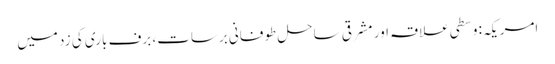
امریکہ: وسطی علاقہ اور مشرقی ساحل طوفانی برسات، برف باری کی زد میں